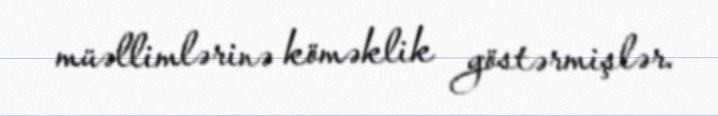
müəllimlərinə köməklik göstərmişlər.